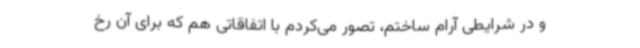
و در شرایطی آرام ساختم، تصور می‌کردم با اتفاقاتی هم که برای آن رخ